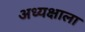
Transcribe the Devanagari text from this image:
अध्यक्षाला